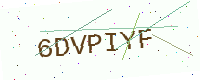
Text: 6DVPIYF